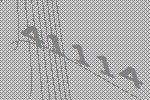
41114